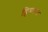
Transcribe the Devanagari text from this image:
हिमपाद